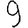
Digit: 9